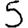
Digit: 5